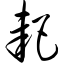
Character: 耙